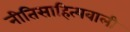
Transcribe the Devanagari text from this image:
नीतिसाहित्यवाली